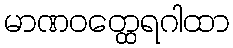
မာဏဝတ္ထေရဂါထာ